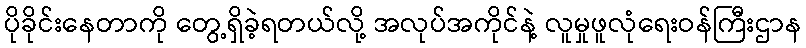
ပိုခိုင်းနေတာကို တွေ့ရှိခဲ့ရတယ်လို့ အလုပ်အကိုင်နဲ့ လူမှုဖူလုံရေးဝန်ကြီးဌာန